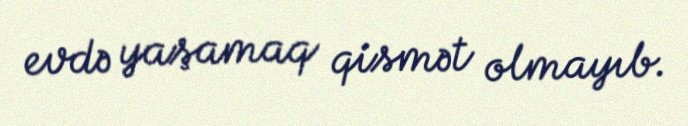
evdə yaşamaq qismət olmayıb.